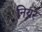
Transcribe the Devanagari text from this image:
नियरे